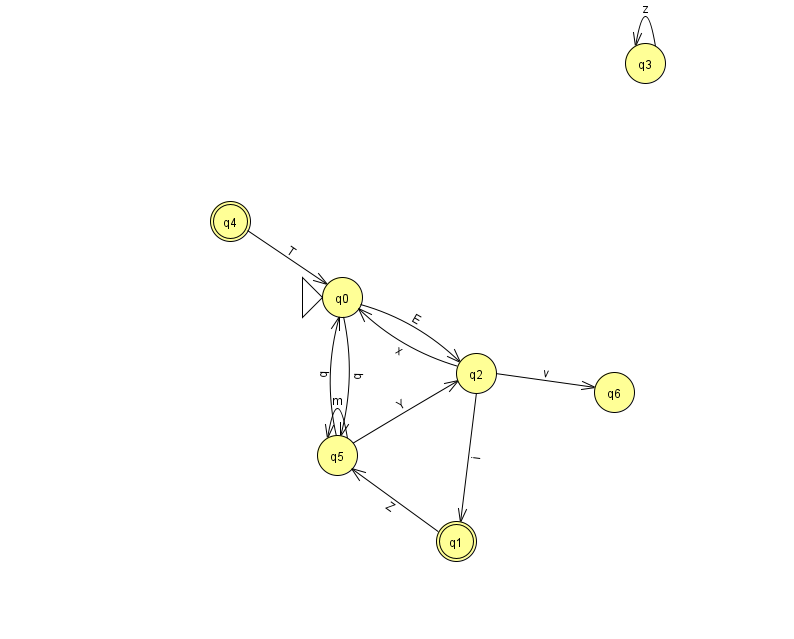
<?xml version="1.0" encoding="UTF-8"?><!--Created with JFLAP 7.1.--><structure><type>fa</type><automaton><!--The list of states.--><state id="0" name="q0"><x>342.0</x><y>284.0</y><initial/></state><state id="1" name="q1"><x>456.0</x><y>528.0</y><final/></state><state id="2" name="q2"><x>476.0</x><y>360.0</y></state><state id="3" name="q3"><x>645.0</x><y>50.0</y></state><state id="4" name="q4"><x>230.0</x><y>208.0</y><final/></state><state id="5" name="q5"><x>337.0</x><y>442.0</y></state><state id="6" name="q6"><x>614.0</x><y>379.0</y></state><!--The list of transitions.--><transition><from>0</from><to>5</to><read>q</read></transition><transition><from>5</from><to>0</to><read>q</read></transition><transition><from>0</from><to>2</to><read>E</read></transition><transition><from>2</from><to>6</to><read>v</read></transition><transition><from>4</from><to>0</to><read>T</read></transition><transition><from>1</from><to>5</to><read>Z</read></transition><transition><from>3</from><to>3</to><read>z</read></transition><transition><from>2</from><to>0</to><read>x</read></transition><transition><from>5</from><to>2</to><read>Y</read></transition><transition><from>5</from><to>5</to><read>m</read></transition><transition><from>2</from><to>1</to><read>i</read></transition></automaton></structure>